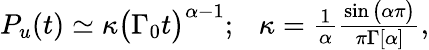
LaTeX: \begin{array}{r}{P_{u}(t)\simeq\kappa\big(\Gamma_{0}t\big)^{\alpha-1};\ \ \ \kappa=\frac{1}{\alpha}\frac{\sin\big(\alpha\pi\big)}{\pi\Gamma[\alpha]},}\end{array}